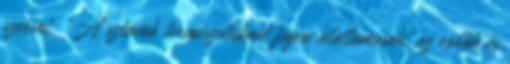
szerint: „A szlávok természetüknél fogva alattomosak, az erdők és